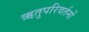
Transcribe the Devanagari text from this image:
ऋतुपरिवर्तनों